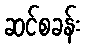
ဆင်စခန်း